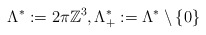
\begin{align*}\Lambda^*:= 2 \pi \mathbb{Z}^3,\Lambda_+^*:= \Lambda^*\setminus\{0\}\end{align*}